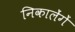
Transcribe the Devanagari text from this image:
निकालेंगें